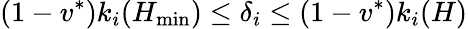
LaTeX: (1-v^{*})k_{i}(H_{\operatorname*{min}})\leq\delta_{i}\leq(1-v^{*})k_{i}(H)